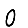
Digit: 0